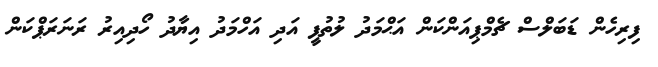
ފިރިހެން ޑަބަލްސް ޗެމްޕިއަންކަން އަޙްމަދު ލުތުފީ އަދި އަހްމަދު އިޔާދު ހޯދިއިރު ރަނަރަޕްކަން